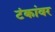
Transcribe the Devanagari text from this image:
टंकांवर